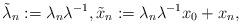
LaTeX: \begin{align*}\tilde{\lambda}_n:= \lambda_n \lambda^{-1}, \tilde{x}_n:= \lambda_n \lambda^{-1} x_0 +x_n,\end{align*}